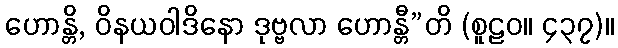
ဟောန္တိ, ဝိနယဝါဒိနော ဒုဗ္ဗလာ ဟောန္တီ”တိ (စူဠဝ။ ၄၃၇)။